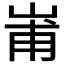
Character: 𭖢